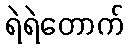
ရဲရဲတောက်